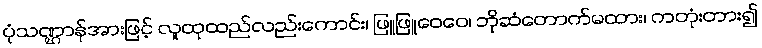
ပုံသဏ္ဌာန်အားဖြင့် လူထုထည်လည်းကောင်း၊ ဖြူဖြူဝေဝေ၊ ဘိုဆံတောက်မထား၊ ကတုံးတား၍